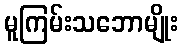
မူကြမ်းသဘောမျိုး